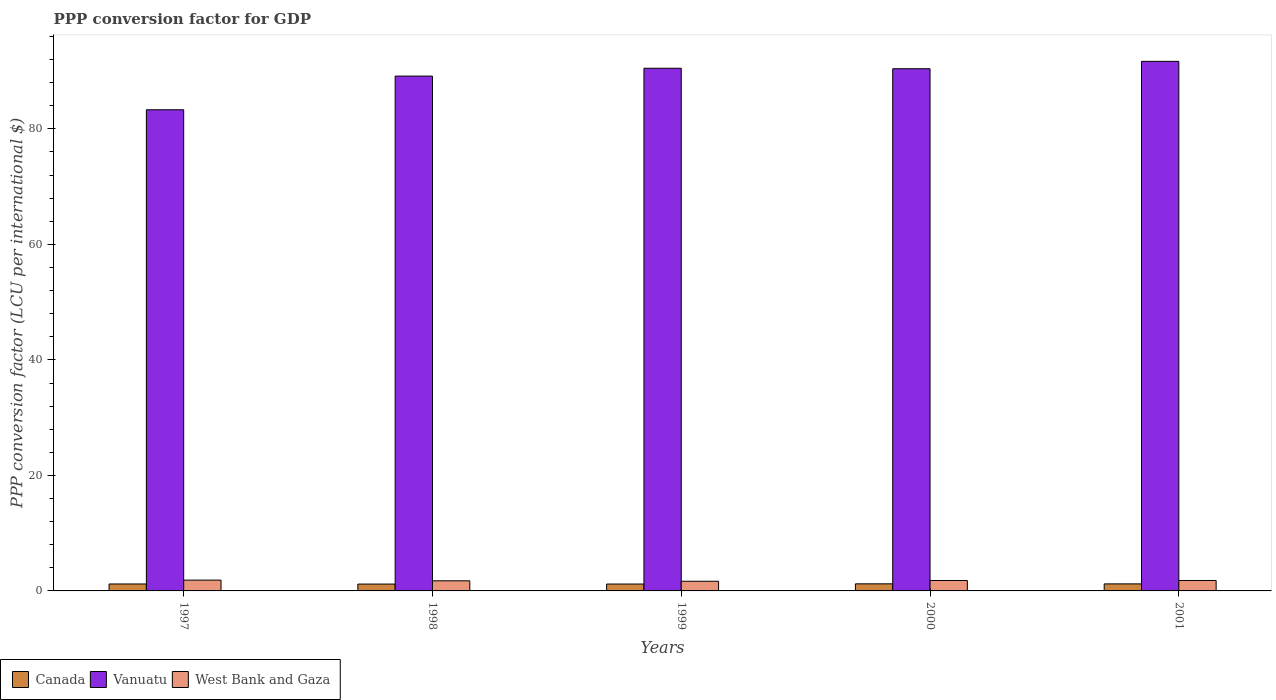
| Years | Canada | Vanuatu | West Bank and Gaza |
 | --- | --- | --- | --- |
 | 1997 | 1.2 | 83.3 | 1.87 |
 | 1998 | 1.19 | 89.1 | 1.75 |
 | 1999 | 1.19 | 90.5 | 1.67 |
 | 2000 | 1.23 | 90.4 | 1.81 |
 | 2001 | 1.22 | 91.7 | 1.81 |